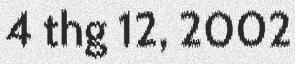
4 thg 12, 2002